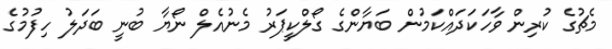
މެޗުގެ ކުރިން ވާހަކަދައްކަމުން ބަޔާންގެ ގޯލްކީޕަރު މެނުއެލް ނޯޔާ ބުނީ ބަދަލު ހިފުމުގެ